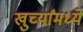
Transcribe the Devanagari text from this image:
खुर्च्यांमध्ये